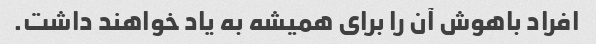
افراد باهوش آن را برای همیشه به یاد خواهند داشت.